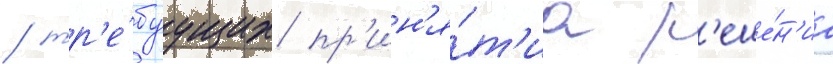
/ тр'е́буущих пр'ин'я́т'иа р'еше́н'иа